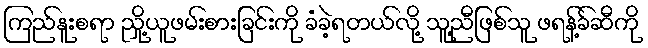
ကြည်နူးစရာ ညှို့ယူဖမ်းစားခြင်းကို ခံခဲ့ရတယ်လို့ သူ့ညီဖြစ်သူ ဖရန့်ခ်ဆီကို